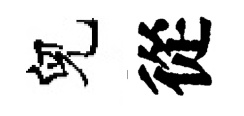
兒從